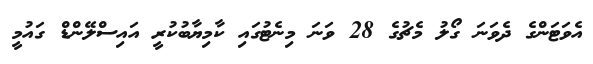
އެވަޓަންގެ ދެވަަނަ ގޯލު މެޗުގެ 28 ވަނަ މިނެޓުގައި ކާމިޔާބުކުރީ އައިސްލޭންޑް ގައުމީ